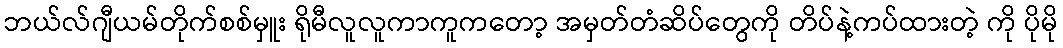
ဘယ်လ်ဂျီယမ်တိုက်စစ်မှူး ရိုမီလူလူကာကူကတော့ အမှတ်တံဆိပ်တွေကို တိပ်နဲ့ကပ်ထားတဲ့ ကို ပိုမို